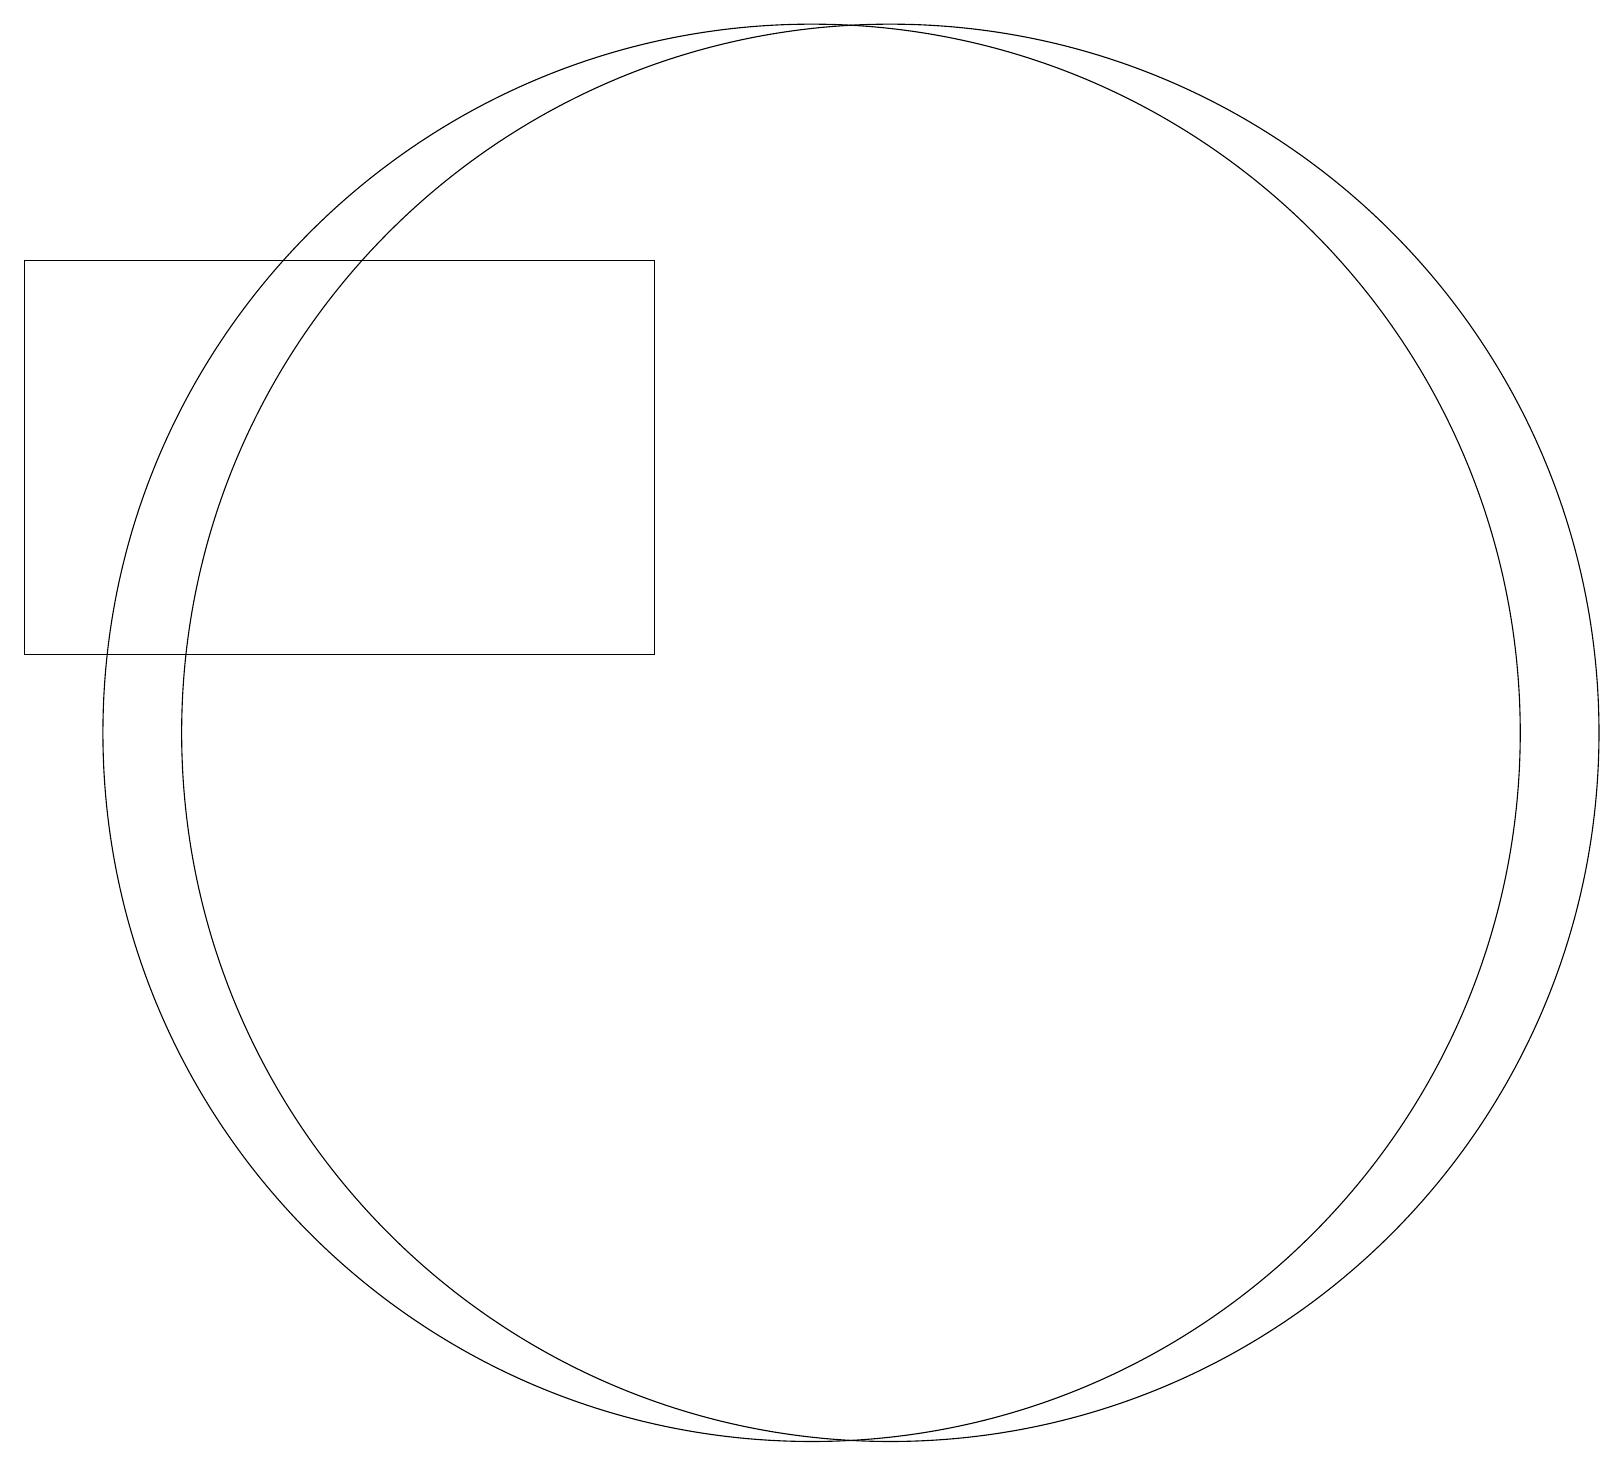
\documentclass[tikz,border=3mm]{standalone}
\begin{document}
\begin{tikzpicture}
\draw (10,11) circle (9);
\draw (11,11) circle (9);
\draw (8,17) rectangle (0,12);
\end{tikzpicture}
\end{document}